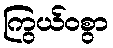
ကြွယ်ဝစွာ